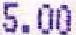
5.00